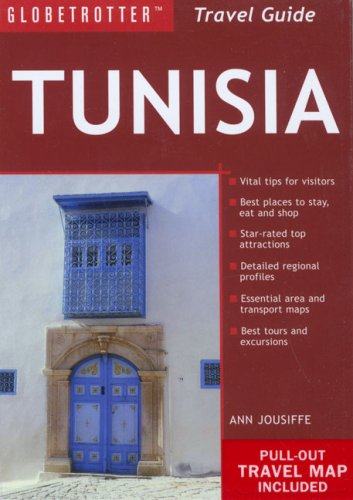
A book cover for Tunisia Travel Pack (Globetrotter Travel Packs); Ann Jousiffe; Travel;